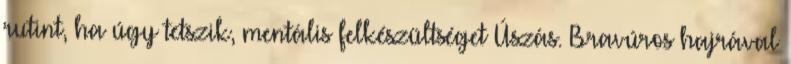
rutint, ha úgy tetszik, mentális felkészültséget Úszás. Bravúros hajrával